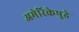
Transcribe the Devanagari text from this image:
अमेरिकेपुढे